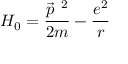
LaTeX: H _ { 0 } = \frac { \vec { p } ^ { ~ 2 } } { 2 m } - \frac { e ^ { 2 } } { r }